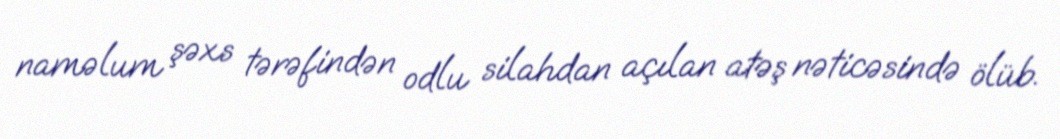
naməlum şəxs tərəfindən odlu silahdan açılan atəş nəticəsində ölüb.